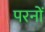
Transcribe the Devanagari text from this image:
परनों